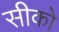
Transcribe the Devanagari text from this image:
सीको